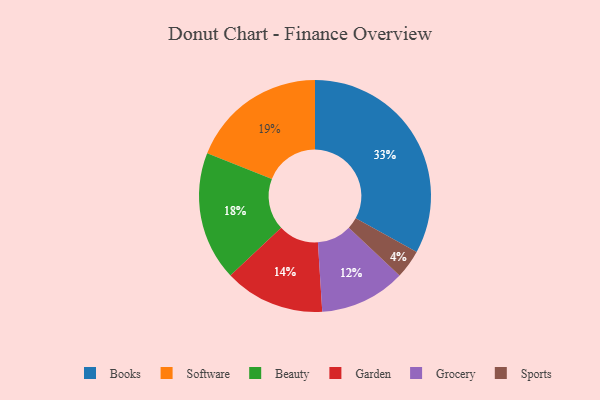
{"axis": {"x": "Category", "y": "Percentage"}, "legend": ["Beauty", "Books", "Garden", "Grocery", "Software", "Sports"], "data": [{"x": "Software", "y": 19, "type": "Software"}, {"x": "Garden", "y": 14, "type": "Garden"}, {"x": "Books", "y": 33, "type": "Books"}, {"x": "Grocery", "y": 12, "type": "Grocery"}, {"x": "Sports", "y": 4, "type": "Sports"}, {"x": "Beauty", "y": 18, "type": "Beauty"}]}